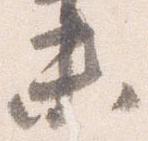
未